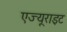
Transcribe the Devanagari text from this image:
एज्यूराइट